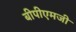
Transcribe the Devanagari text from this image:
बीपीएमजी